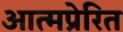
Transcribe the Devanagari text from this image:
आत्मप्रेरित